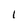
Character: l